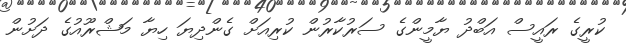
ކުރީގެ ރައީސް އަބްދު ޔާމީންގެ ސަރުކާރުން ކުރިއަށް ގެންދިޔަ ހިޔާ މަޝްރޫއުގެ ދަށުން